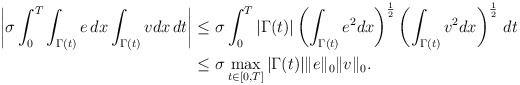
\begin{align*}\begin{aligned}\left|\sigma \int_0^T \int_{\Gamma(t)} e \, dx \int_{\Gamma(t)} v dx \, dt\right|&\le\sigma \int_0^T |\Gamma(t)| \left(\int_{\Gamma(t)} e^2 dx\right)^{\frac12} \left(\int_{\Gamma(t)} v^2 dx\right)^{\frac12} \, dt\\ &\le \sigma \max\limits_{t\in[0,T]}|\Gamma(t)|\|e\|_0\|v\|_0.\end{aligned}\end{align*}